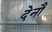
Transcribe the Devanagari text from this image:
देनौ